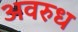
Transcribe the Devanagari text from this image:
अवरुध